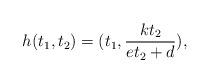
LaTeX: \begin{align*}h(t_{1}, t_{2}) = (t_{1}, \frac{k t_{2}}{e t_{2} + d}), \end{align*}